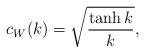
LaTeX: \begin{align*}c_{W}(k) = \sqrt{\frac{\tanh k}{k}}, \end{align*}